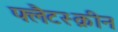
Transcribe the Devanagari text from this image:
फ्लैटस्क्रीन